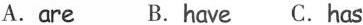
A.are B.have C. Has